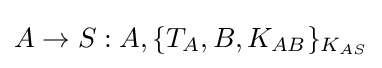
A\rightarrow S:A,\{T_{A},B,K_{AB}\}_{K_{AS}}